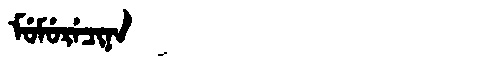
Manchu: ᠮᡠᠮᡠᡵᡝᠴᡳᠨᠠ
Romanization: MUMURECINA